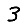
Digit: 3